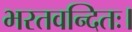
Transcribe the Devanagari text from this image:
भरतवन्दितः।